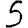
Digit: 5